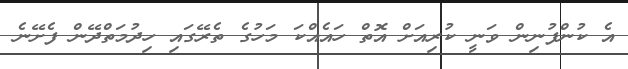
އެ ކުންފުނިން ވަނީ ކުރިއަށް އޮތް ހައެއްކަ މަހުގެ ތެރޭގައި ހިދުމަތްދޭން ފެށޭނެ